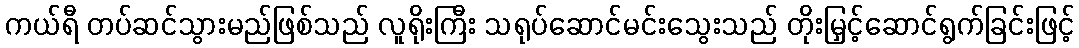
ကယ်ရီ တပ်ဆင်သွားမည်ဖြစ်သည် လူရိုးကြီး သရုပ်ဆောင်မင်းသွေးသည် တိုးမြှင့်ဆောင်ရွက်ခြင်းဖြင့်